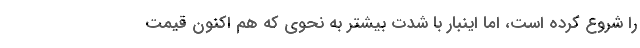
را شروع کرده است، اما اینبار با شدت بیشتر به نحوی که هم اکنون قیمت